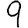
Digit: 9